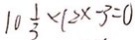
1 0 \frac { 1 } { 3 } \times 2 x - 3 = 0